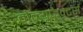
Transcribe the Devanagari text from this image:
मेन्यूफैक्टर्स